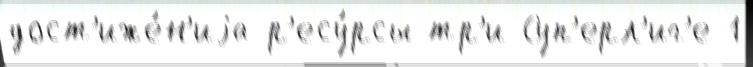
дост'иже́н'иjа р'есу́рсы тр'и Суп'ерл'иг'е-1